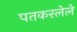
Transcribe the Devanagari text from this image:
पतकरलेले